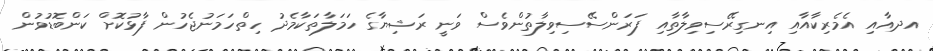
އދއާއި އެމެރިކާއާއި އިނގިރޭސިވިލާތާއި ފަރަންސޭސިވިލާތުންވެސް ވަނީ ރަޝިޔާގެ ހަމަލާތަކާމެދު ހިތްހަމަނުޖެހުން ފާޅުކޮށް ކަންބޮޑުވުން